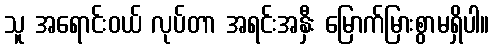
သူ အရောင်းဝယ် လုပ်တာ အရင်းအနှီး မြောက်မြားစွာမရှိပါ။